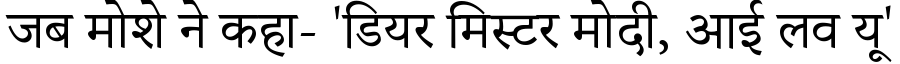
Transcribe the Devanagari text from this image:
जब मोशे ने कहा- 'डियर मिस्टर मोदी, आई लव यू'